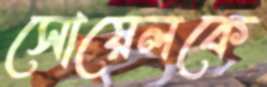
সোয়েলকে